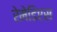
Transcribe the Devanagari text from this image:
रेमेडिएस